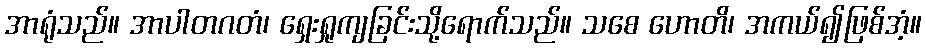
အာရုံသည်။ အာပါတဂတံ၊ ရှေးရှုကျခြင်းသို့ရောက်သည်။ သစေ ဟောတိ၊ အကယ်၍ဖြစ်အံ့။